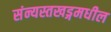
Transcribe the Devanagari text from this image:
संन्यस्तखड्गमधील